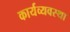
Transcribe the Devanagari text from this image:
कार्यव्यवस्था